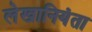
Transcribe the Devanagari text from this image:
लेखानियंता